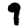
Digit: 9